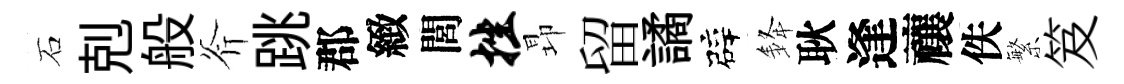
石剋般斧跳郡緻閭挫昻留譎辟𨦟耿逢禳佚繁笈